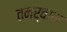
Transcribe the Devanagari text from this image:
तनर्वाण